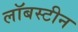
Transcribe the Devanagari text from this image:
लॉबस्टीन